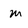
Character: m